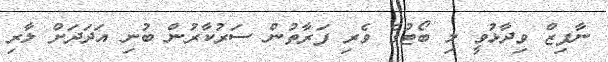
ނާފިޒް ވިދާޅުވީ މި ބޯޓުގެ ވެރި ފަރާތުން ސަރުކާރުން ބުނި އަދަދަށް ލާރި